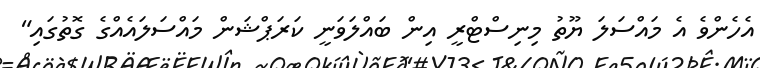
އެހެންވެ އެ މައްސަލަ ޔޫތު މިނިސްޓްރީ އިން ބައްލަވަނީ ކަރަޕްޝަން މައްސަލައެއްގެ ގޮތުގައި"